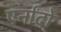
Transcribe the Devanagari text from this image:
एर्नांदो